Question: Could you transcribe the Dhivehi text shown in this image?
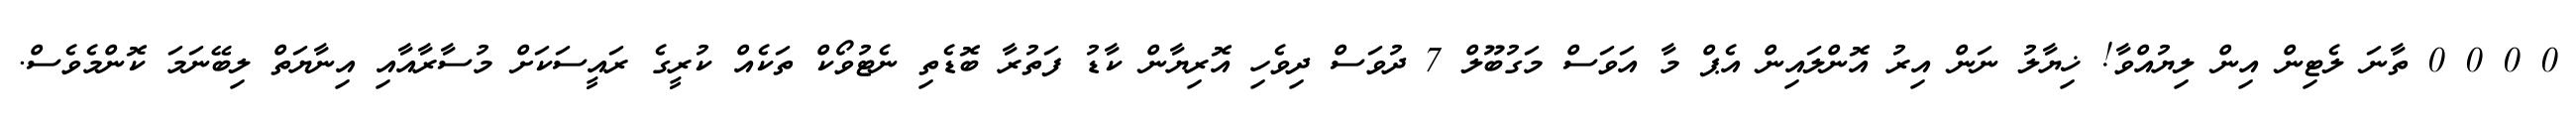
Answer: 0 0 0 0 ތާނަ ލެޓިން އިން ލިޔުއްވާ! ޚިޔާލު ނަން އިރު އޮންލައިން އެޕް މާ އަވަސް މަގުބޫލް 7 ދުވަސް ދިވެހި އޮރިޔާން ކާޑު ފަތުރާ ބޮޑެތި ނެޓުވޯކް ތަކެއް ކުރީގެ ރައީސަކަށް މުސާރާއާއި އިނާޔަތް ލިބޭނަމަ ކޮންމެވެސް.